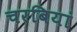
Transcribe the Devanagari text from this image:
चरबियां